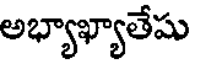
అభ్యాఖ్యాతేషు